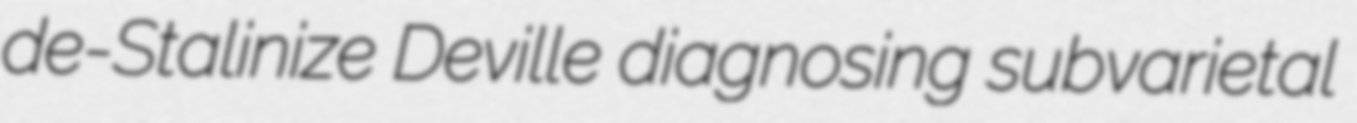
de-Stalinize Deville diagnosing subvarietal